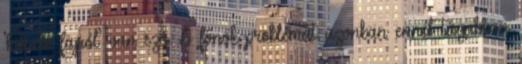
‘kihaló fajról’ van szó. A főnök-problémát azonban ennél tágabban